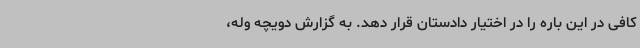
کافی در این باره را در اختیار دادستان قرار دهد. به گزارش دویچه وله،